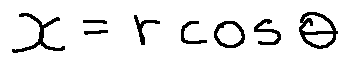
x = r \cos \theta